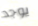
يوجد